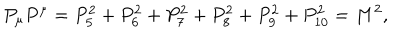
LaTeX: P _ { \mu } P ^ { \mu } = P _ { 5 } ^ { 2 } + P _ { 6 } ^ { 2 } + P _ { 7 } ^ { 2 } + P _ { 8 } ^ { 2 } + P _ { 9 } ^ { 2 } + P _ { 1 0 } ^ { 2 } = M ^ { 2 } ,